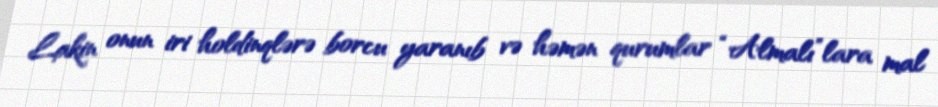
Lakin onun iri holdinqlərə borcu yaranıb və həmən qurumlar “Almalı”lara mal